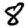
Digit: 8